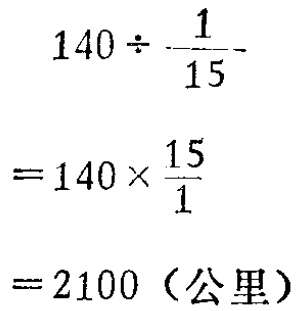
\[

\begin{align*}

140\div\frac{1}{15}&\\

=140\times\frac{15}{1}&\\

=2100 \text{（公里）}&

\end{align*}

\]